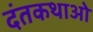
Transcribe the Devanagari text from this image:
दंतकथाओ